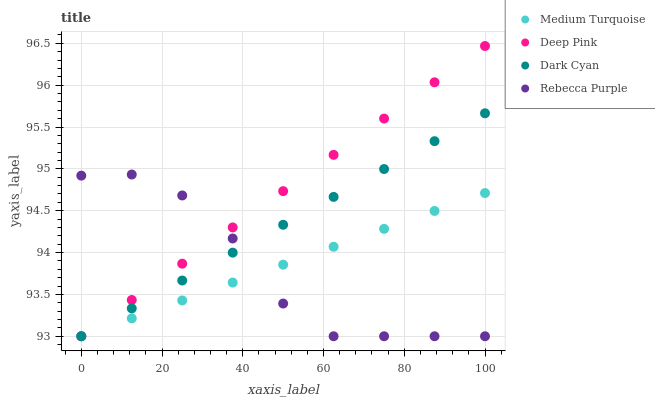
| xaxis_label | Medium Turquoise | Deep Pink | Dark Cyan | Rebecca Purple |
 | --- | --- | --- | --- | --- |
 | 0 | 93 | 93 | 93 | 94.9 |
 | 12.5 | 93.2 | 93.4 | 93.3 | 94.9 |
 | 25 | 93.4 | 93.9 | 93.7 | 94.7 |
 | 37.5 | 93.6 | 94.3 | 94 | 94.2 |
 | 50 | 93.9 | 94.7 | 94.3 | 93.4 |
 | 62.5 | 94.1 | 95.2 | 94.7 | 93 |
 | 75 | 94.3 | 95.6 | 95 | 93 |
 | 87.5 | 94.5 | 96 | 95.3 | 93 |
 | 100 | 94.7 | 96.5 | 95.7 | 93 |